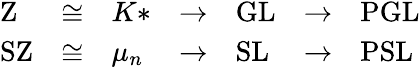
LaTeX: \begin{array}{lllllll}{\mathrm{Z}}&{\cong}&{K*}&{\to}&{\mathrm{GL}}&{\to}&{\mathrm{PGL}}\\ {\mathrm{SZ}}&{\cong}&{\mu_{n}}&{\to}&{\mathrm{SL}}&{\to}&{\mathrm{PSL}}\end{array}